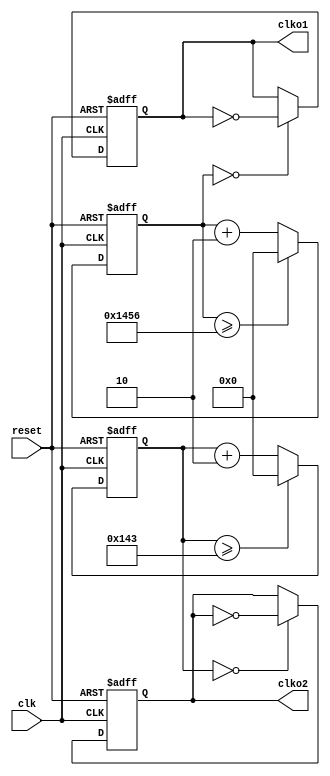
`timescale 1ns/1ps

module clk_gen(clk, reset, clko1, clko2);
input  clk;
input  reset;
output reg clko1, clko2;

//9600Hz
parameter   CNT_NUM1 = 26'd5208 - 26'd2;
//9600*16Hz
parameter   CNT_NUM2 = 26'd325 - 26'd2;

reg [25:0]  cnt1, cnt2;

//9600Hz
always @(posedge clk or negedge reset)
begin
    if(~reset) begin
        cnt1 <= 26'd0;
        clko1 <= 1'b0;
    end
    else begin
        if(cnt1>=CNT_NUM1)
            cnt1 <= 26'd0;
        else
            cnt1 <= cnt1 + 26'd2;
        
        if(cnt1==26'd0)
            clko1 <= ~clko1;
    end
end

//9600*16Hz
always @(posedge clk or negedge reset)
begin
    if(~reset) begin
        cnt2 <= 26'd0;
        clko2 <= 1'b0;
    end
    else begin
        if(cnt2>=CNT_NUM2)
            cnt2 <= 26'd0;
        else
            cnt2 <= cnt2 + 26'd2;
        
        if(cnt2==26'd0)
            clko2 <= ~clko2;
    end
end
endmodule